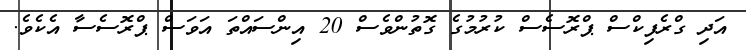
އަދި ގްރެފިކްސް ޕްރޮސެސް ކުރުމުގެ ގޮތުންވެސް 20 އިންސައްތަ އަވަސް ޕްރޮސެސާ އެކެވެ.